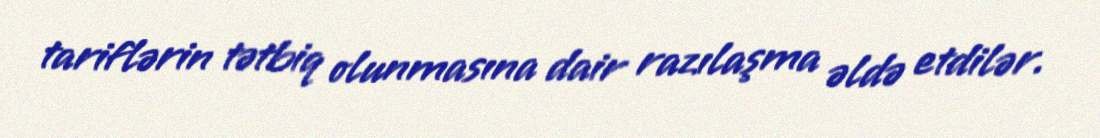
tariflərin tətbiq olunmasına dair razılaşma əldə etdilər.